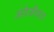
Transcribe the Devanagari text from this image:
अंग्रेजीयत